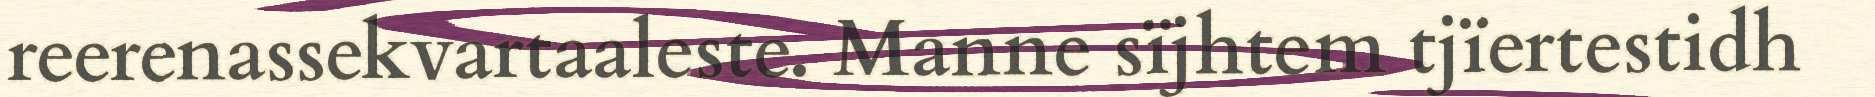
reerenassekvartaaleste. Manne sïjhtem tjïertestidh